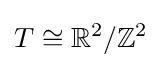
T\cong \mathbb {R} ^{2}/\mathbb {Z} ^{2}